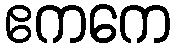
ဧကကေ